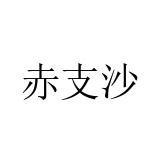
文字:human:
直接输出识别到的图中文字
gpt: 赤支沙